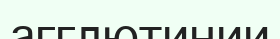
агглютинии